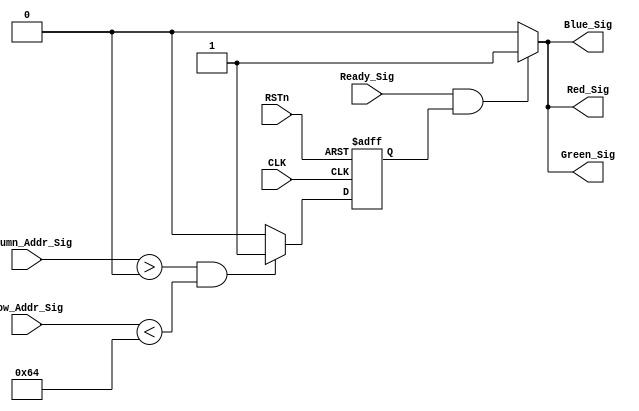
module vga_control_module
(
    CLK, RSTn,
	 Ready_Sig, Column_Addr_Sig, Row_Addr_Sig,
	 Red_Sig, Green_Sig, Blue_Sig
);
    input CLK;
	 input RSTn;
	 input Ready_Sig;
	 input [10:0]Column_Addr_Sig;
	 input [10:0]Row_Addr_Sig;
	 output Red_Sig;
	 output Green_Sig;
	 output Blue_Sig;
	 
	 /**********************************/
	 
	 reg isRectangle;
	 
	 always @ ( posedge CLK or negedge RSTn )
	     if( !RSTn )
		      isRectangle <= 1'b0;
		  else if( Column_Addr_Sig > 11'd0 && Row_Addr_Sig < 11'd100 )
            isRectangle <= 1'b1;
		  else
		      isRectangle <= 1'b0;
				
	/************************************/
				
	 assign Red_Sig = Ready_Sig && isRectangle ? 1'b1 : 1'b0;
	 assign Green_Sig = Ready_Sig && isRectangle ? 1'b1 : 1'b0;
	 assign Blue_Sig = Ready_Sig && isRectangle ? 1'b1 : 1'b0;
	 
	/***********************************/
	 

endmodule